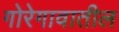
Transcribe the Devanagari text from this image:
गोरेगावातील